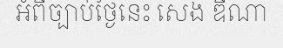
អំពីច្បាប់ថ្ងៃនេះ សេង ឌីណា